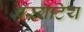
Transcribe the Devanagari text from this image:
परगटिय